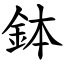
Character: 鉢